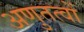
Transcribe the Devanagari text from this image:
अणुतत्वों